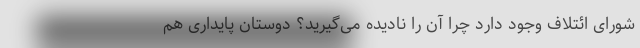
شورای ائتلاف وجود دارد چرا آن را نادیده می‌گیرید؟ دوستان پایداری هم